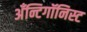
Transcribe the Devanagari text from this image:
अँन्टिगॉनिस्ट